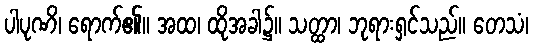
ပါပုဏိ၊ ရောက်၏။ အထ၊ ထိုအခါ၌။ သတ္ထာ၊ ဘုရားရှင်သည်။ တေသံ၊